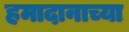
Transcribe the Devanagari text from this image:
हमादानाच्या